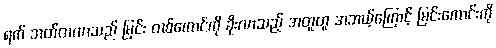
ရက် ဘတ်တလာသည် မြင်း တစ်ကောင်ကို ခိုးလာသည့် အတူတူ အဘယ့်ကြောင့် မြင်းကောင်းကို